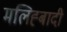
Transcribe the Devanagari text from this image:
मलिह्बादी